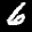
Label: 6